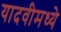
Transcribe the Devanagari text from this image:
यादवीमध्ये